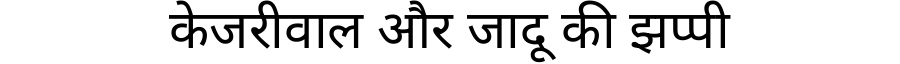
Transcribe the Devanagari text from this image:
केजरीवाल और जादू की झप्पी